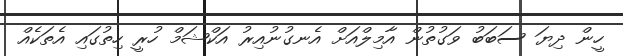
ހީން ދިޔަ ސަބަބު ވަގުތުން އާމިލްއަށް އެނގުނުއިރު އަކްޝަމް ހުރީ ހިތުގައި އެތަކެއް